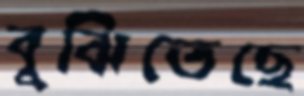
বুঝিতেছে